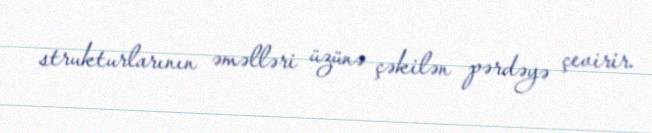
strukturlarının əməlləri üzünə çəkilən pərdəyə çevirir.